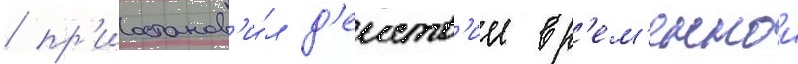
/ пр'иостанов'и́л д'еиств'ие вр'ем'еннои